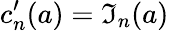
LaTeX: c_{n}^{\prime}(a)=\mathfrak{I}_{n}(a)